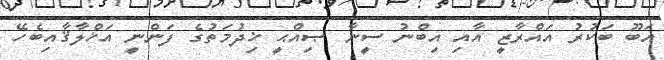
އަބޫ ބަކުރު އައްރާޒީ އާއި އިބްނު ސީނާ ޞިއްޙީ ޚިދުމަތުގެ ފަންނީ އަޚްލާޤާއިބެހޭ